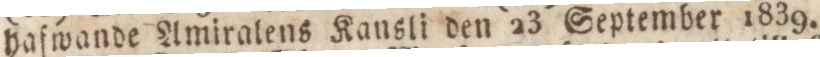
hafwande Amiralens Kansli den 23 September 1839.